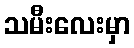
သမီးလေးမှာ